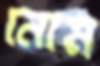
নোম